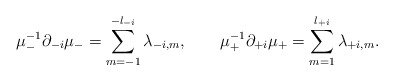
\begin{align*}\mu^{-1}_- \partial_{-i} \mu_- = \sum_{m = -1}^{-l_{-i}} \lambda_{-i,m}, \qquad \mu^{-1}_+ \partial_{+i} \mu_+ = \sum_{m = 1}^{l_{+i}}\lambda_{+i, m}.\end{align*}